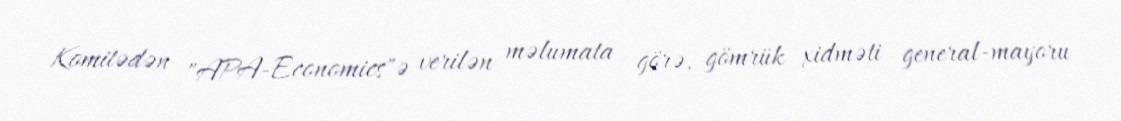
Komitədən "APA-Economics"ə verilən məlumata görə, gömrük xidməti general-mayoru